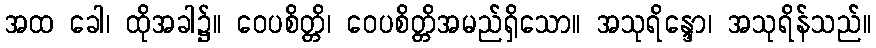
အထ ခေါ၊ ထိုအခါ၌။ ဝေပစိတ္တိ၊ ဝေပစိတ္တိအမည်ရှိသော။ အသုရိန္ဒော၊ အသုရိန်သည်။